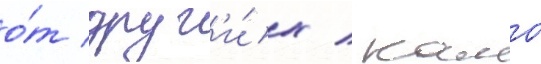
о́т друг'и́х / камо